Report on horse surra - Volume II, Part I
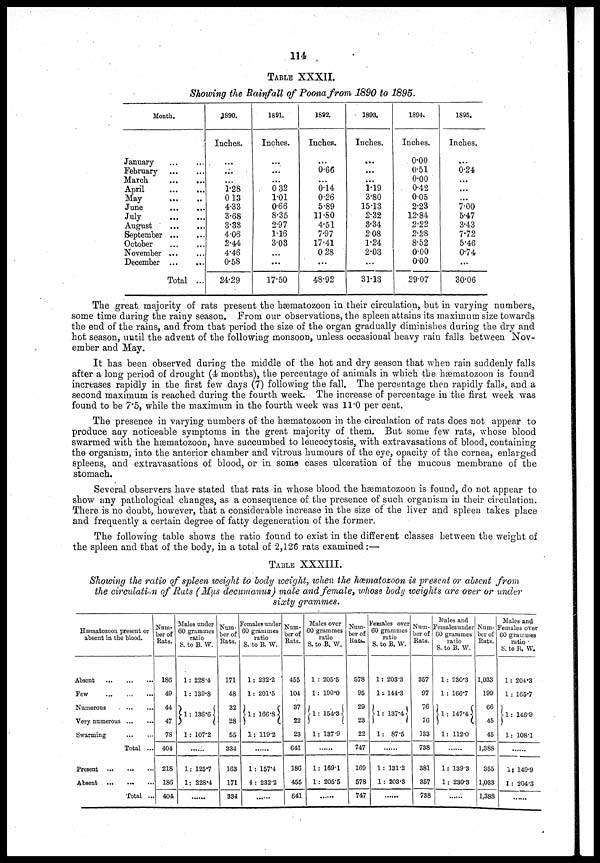
114
TABLE XXXII.
Showing the Rainfall of Poona from 1890 to 1895.
Month.
January
February
March
April
May
June
July
August
September
October
November
December
... ...
... ...
... ...
... ...
... ...
... ...
... ...
... ...
... ...
... ...
... ...
... ...
Total ...
1890.
Inches.
...
....
...
1.28
0 13
4.33
3.68
3.33
4.06
2.44
4.46
0.58
24.29
1891.
Inches.
...
...
...
0 32
1.01
0.66
8.35
2.97
1.16
3.03
...
...
17.50
1892.
Inches.
...
0.66
...
0.14
0.26
5.89
11.80
4.51
7.97
17.41
0 28
...
48.92
1893.
Inches.
...
...
...
1.19
3.80
15.13
2.32
3.34
2.08
1.24
2.03
...
31.13
1894.
Inches.
0.00
0.51
0.00
0.42
0 05
2.23
12.84
2.22
2.28
8.52
0.00
000
29.07
1895.
Inches.
...
0.24
...
...
...
7.00
5.47
3.43
7.72
5.46
0.74
...
30.06
The great, majority of rats present the hæmatozoon in their circulation, but in varying numbers,
some time during the rainy season. From our observations, the spleen attains its maximum size towards
the end of the rains, and from that period the size of the organ gradually diminishes during the dry and
hot season, until the advent of the following monsoon, unless occasional heavy rain falls between Nov-
ember and May.
It has been observed during the middle of the hot and dry season that when rain suddenly falls
after a long period of drought (4 months), the percentage of animals in which the hæmatozoon is found
increases rapidly in the first few days (7) following the fall. The percentage then rapidly falls, and a
second maximum is reached during the fourth week. The increase of percentage in the first week was
found to be 7.5, while the maximum in the fourth week was 11.0 per cent.
The presence in varying numbers of the hæmatozoon in the circulation of rats does not appear to
produce any noticeable symptoms in the great majority of them. But some few rats, whose blood
swarmed with the hæmatozoon, have succumbed to leucocytosis, with extravasations of blood, containing
the organism, into the anterior chamber and vitrous humours of the eye, opacity of the cornea, enlarged
spleens, and extravasations of blood, or in some cases ulceration of the mucous membrane of the
stomach.
Several observers have stated that rats in whose blood, the hæmatozoon is found, do not appear to
show any pathological changes, as a consequence of the presence of such organism in their circulation.
There is no doubt, however, that a considerable increase in the size of the liver and spleen takes place
and frequently a certain degree of fatty degeneration of the former.
The following table shows the ratio found to exist in the different classes between the weight of
the spleen and that of the body, in a total of 2,126 rats examined:—
TABLE XXXIII.
Showing the ratio of spleen weight to body weight, when the hæmatozoon is present or absent from
the circulation of Rats (Mus decumanus) male and female, whose body weights are over or under
sixty grammes.
Hæmatozoon present or
absent in the blood.
Absent
Few
Numerous
Very numerous
Swarming
Present ..
Absent
Total ...
Total ...
Num-
ber of
Rats.
186
49
44
47
78
404
218
186
404
Males under
60 grammes
ratio
S. to B. W.
1: 228.4
1: 139.8
}1 : 136.6{
1: 107.2
1: 125.7
1: 228.4
Num-
ber of
Rats.
171
48
32
28
55
334
163
171
334
Females under
60 grammes
ratio
S. to B. W.
1 : 232.2
1 : 201.5
}1: 166.8 {
1: 119.2
1 : 157.4
4 : 232.2
Num-
ber of
Rats.
455
104
37
22
23
641
186
455
641
Males over
60 grammes
ratio
S. to B. W.
1 : 205.5
1: 190.0
} 1: 154.3 {
1: 137.9
1: 169.1
1: 205.5
Num-
ber of
Rats.
578
95
29
23
22
747
169
578
747
Females over
60 grammes
ratio
S. to B. W.
1: 203.3
1 : 144.3
}1: 137.4 {
1: 87.5
1 : 131.2
1 : 203.3
Num-
ber of
Rats.
357
97
76
76
133
738
381
357
738
Males and
Femalesunder
60 grammes
ratio
S. to B. W.
1 : 230.3
1 : 166.7
}1 : 147.4 {
1: 112.0
1: 139 3
1: 230.3
Num-
ber of
Rats.
1,033
199
66
45
45
1,388
355
1,033
1,388
Males and
Females over
60 grammes
ratio
S. to B. W.
1: 204.3
1 : 165.7
}1: 146.9
1: 108.1
1: 149.9
1 : 204.3